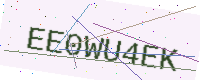
Text: EE0WU4EK